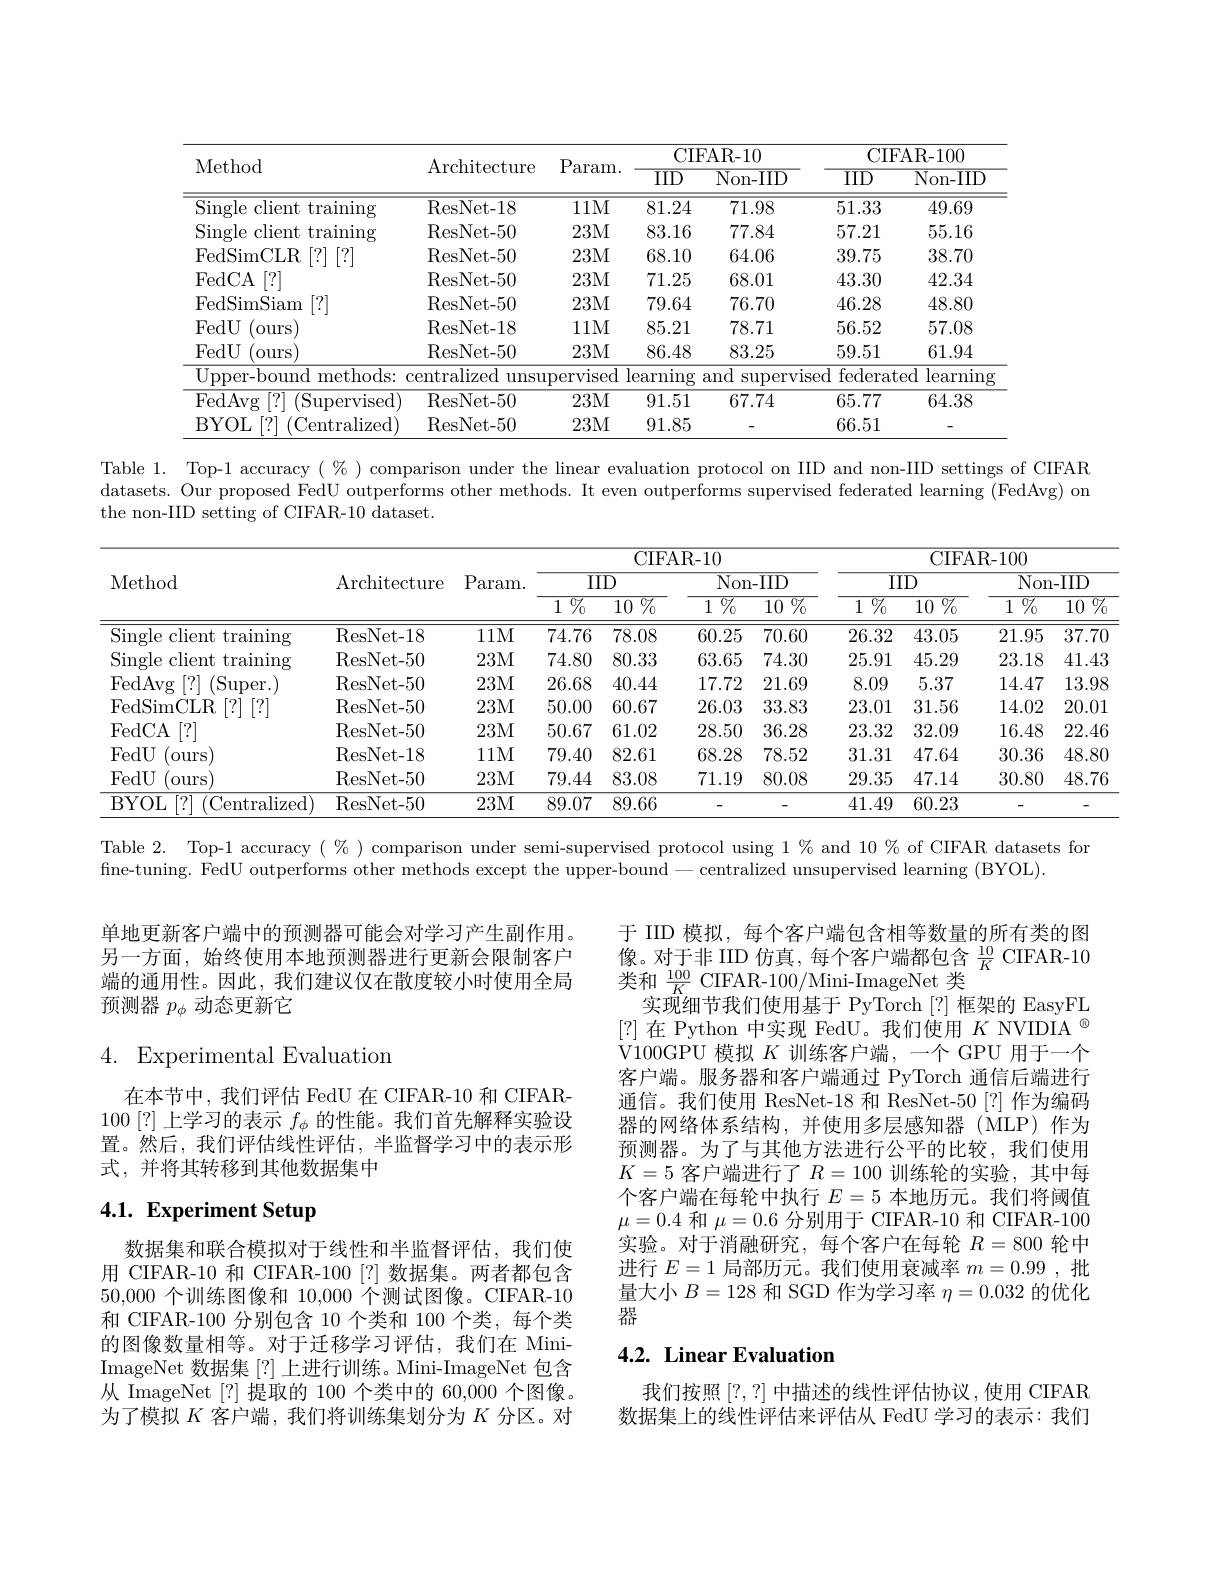
<table>
	<tbody>
		<tr>
			<th rowspan="2">Method</th>
			<th rowspan="2">Architecture</th>
			<th rowspan="2">$\mathrm{P}_{i}$ aram. </th>
			<th colspan="2">CIFAR- 10</th>
			<th colspan="2">CIFAR- 100</th>
		</tr>
		<tr>
			<th>$\overline{{\mathrm{IID}}}$</th>
			<th>$\overline{\mathrm{Non-IID}}$</th>
			<th>$\overline{{\mathrm{IID}}}$</th>
			<th>$\overline{\mathrm{Non-IID}}$</th>
		</tr>
		<tr>
			<td>Single client training</td>
			<td>ResNet- 18</td>
			<td>11M</td>
			<td>81.24</td>
			<td>71.98</td>
			<td>51.33</td>
			<td>49.69</td>
		</tr>
		<tr>
			<td>Single client training</td>
			<td>ResNet- 50</td>
			<td>23M</td>
			<td>83.16</td>
			<td>77.84</td>
			<td>57.21</td>
			<td>55.16</td>
		</tr>
		<tr>
			<td>FedSimCLR [?] [?]</td>
			<td>ResNet- 50</td>
			<td>23M</td>
			<td>68.10</td>
			<td>64.06</td>
			<td>39.75</td>
			<td>38.70</td>
		</tr>
		<tr>
			<td>FedCA [?]</td>
			<td>ResNet- 50</td>
			<td>23M</td>
			<td>71.25</td>
			<td>68.01</td>
			<td>43.30</td>
			<td>42.34</td>
		</tr>
		<tr>
			<td>FedSimSiam $\left\lceil?\right\rceil$</td>
			<td>ResNet- 50</td>
			<td>23M</td>
			<td>79.64</td>
			<td>76.70</td>
			<td>46.28</td>
			<td>48.80</td>
		</tr>
		<tr>
			<td>FedU $^{\prime}$ours</td>
			<td>ResNet- 18</td>
			<td>111M</td>
			<td>85.21</td>
			<td>78.71</td>
			<td>56.52</td>
			<td>57.08</td>
		</tr>
		<tr>
			<td>FedU ours</td>
			<td>ResNet- 50</td>
			<td>23M</td>
			<td>86.48</td>
			<td>83.25</td>
			<td>59.51</td>
			<td>61.94</td>
		</tr>
		<tr>
			<td>Upper-bound methods:</td>
			<td>centralized unsu</td>
			<td>pervised</td>
			<td>$\operatorname{learning}$</td>
			<td>and $\operatorname{SupervlS}$</td>
			<td>federate ied</td>
			<td>$2d$ $\operatorname{learning}$ 1</td>
		</tr>
		<tr>
			<td>FedAvg $\frac{r}{2}|?|$ $\operatorname{Supervised}$</td>
			<td>ResNet- 50</td>
			<td>23M</td>
			<td>91.51</td>
			<td>67.74</td>
			<td>65.77</td>
			<td>64.38</td>
		</tr>
		<tr>
			<td>BYOL ,[?] (Centralized)</td>
			<td>ResNet- 50</td>
			<td>23M</td>
			<td>91.85</td>
			<td> </td>
			<td>66.51</td>
			<td> </td>
		</tr>
	</tbody>
</table>

Table 1. Top-1 accuracy ( % ) comparison under the linear evaluation protocol on IID and non-IID settings of CIFAR datasets. Our proposed FedU outperforms other methods. It even outperforms supervised federated learning (FedAvg) on the non-IID setting of CIFAR-10 dataset.

<table>
	<tbody>
		<tr>
			<th rowspan="3">Method</th>
			<th rowspan="3">Architecture</th>
			<th rowspan="3">Param. </th>
			<th colspan="4">CIFAR- 10</th>
			<th colspan="4">CIFAR- 100</th>
		</tr>
		<tr>
			<th colspan="2">$\overline{\mathrm{IID}}$</th>
			<th colspan="2">Non- IID</th>
			<th colspan="2">$\overline{{\mathrm{IID}}}$</th>
			<th colspan="2">$\overline{\mathrm{Non-IID}}$</th>
		</tr>
		<tr>
			<th>1 ${\overline{{07_{0}}}}$</th>
			<th>$\overline{10\:\%}$</th>
			<th>$\overline{1\:\%}$</th>
			<th>$\overline{10\%}$</th>
			<th>${\begin{array}{c}{{1}}{{0}}{{7}}\\{0}\end{array}}$</th>
			<th>$\overline{10\:\%}$</th>
			<th>${\begin{array}{cc}{{\overline{1}}}{{0}}\\{0}\end{array}}$</th>
			<th>10 $C$</th>
		</tr>
		<tr>
			<td>Single client training</td>
			<td>ResNet- 18</td>
			<td>11M</td>
			<td>74.76</td>
			<td>78.08</td>
			<td>60.25</td>
			<td>70.60</td>
			<td>26.32</td>
			<td>43.05</td>
			<td>21.95</td>
			<td>37.7</td>
		</tr>
		<tr>
			<td>Single client training</td>
			<td>ResNet- 50</td>
			<td>23M</td>
			<td>74.80</td>
			<td>80.33</td>
			<td>63.65</td>
			<td>74.30</td>
			<td>25.91</td>
			<td>45.29</td>
			<td>23.18</td>
			<td>41.4</td>
		</tr>
		<tr>
			<td>FedAvg$\left [ ? \right ]$ (Super.</td>
			<td>ResNet- 50</td>
			<td>23M</td>
			<td>26.68</td>
			<td>40.44</td>
			<td>17.72</td>
			<td>21.69</td>
			<td>8.09</td>
			<td>5.37</td>
			<td>14.47</td>
			<td>13.9</td>
		</tr>
		<tr>
			<td>FedSimCLR [?] [?]</td>
			<td>ResNet- 50</td>
			<td>23M</td>
			<td>50.00</td>
			<td>60.67</td>
			<td>26.03</td>
			<td>33.83</td>
			<td>23.01</td>
			<td>31.56</td>
			<td>14.02</td>
			<td>20.0</td>
		</tr>
		<tr>
			<td>FedCA [?]</td>
			<td>ResNet- 50</td>
			<td>23M</td>
			<td>50.67</td>
			<td>61.02</td>
			<td>28.50</td>
			<td>36.28</td>
			<td>23.32</td>
			<td>32.09</td>
			<td>16.48</td>
			<td>22.4</td>
		</tr>
		<tr>
			<td>FedU ours</td>
			<td>ResNet- 18</td>
			<td>11M</td>
			<td>79.40</td>
			<td>82.61</td>
			<td>68.28</td>
			<td>78.52</td>
			<td>31.31</td>
			<td>47.64</td>
			<td>30.36</td>
			<td>48.8</td>
		</tr>
		<tr>
			<td>FedU ours</td>
			<td>ResNet- 50</td>
			<td>23M</td>
			<td>79.44</td>
			<td>83.08</td>
			<td>71.19</td>
			<td>80.08</td>
			<td>29.35</td>
			<td>47.14</td>
			<td>30.80</td>
			<td>48.7</td>
		</tr>
		<tr>
			<td>BYOL $[?]~($Centralized</td>
			<td>ResNet- 50</td>
			<td>23M</td>
			<td>89.07</td>
			<td>89.66</td>
			<td> </td>
			<td> </td>
			<td>41.49</td>
			<td>60.23</td>
			<td> </td>
			<td>-</td>
		</tr>
	</tbody>
</table>

Table 2. Top-1 accuracy( % ) comparison under semi-supervised protocol using 1 % and 10 % of CIFAR datasets for

fine-tuning. FedU outperforms other methods except the upper-bound-centralized unsupervised learning (BYOL)

单地更新客户端中的预测器可能会对学习产生副作用。另一方面，始终使用本地预测器进行更新会限制客户端的通用性。因此，我们建议仅在散度较小时使用全局预测器$p_\phi$动态更新它

## 4. Experimental Evaluation

于 IID 模拟，每个客户端包含相等数量的所有类的图像。对于非 IID 仿真，每个客户端都包含$\frac{10}{K}$ CIFAR-10类和$\frac{100}K$ CIFAR-100/Mini-ImageNet 类
实现细节我们使用基于 PyTorch[?] 框架的 EasyFL [?]在 Python 中实现 FedU。我们使用$K$ NVIDIA$^{\textcircled{\mathrm{o}}}$ V100GPU 模拟$K$训练客户端，一个 GPU 用于一个客户端。服务器和客户端通过 PyTorch 通信后端进行通信。我们使用 ResNet-18 和 ResNet-50 [?] 作为编码器的网络体系结构，并使用多层感知器(MLP)作为预测器。为了与其他方法进行公平的比较，我们使用$K=5$ 客户端进行了$R=100$ 训练轮的实验，其中每个客户端在每轮中执行$E=5$本地历元。我们将阈值$\mu=0.4$和$\mu=0.6$分别用于 CIFAR-10 和 CIFAR-100实验。对于消融研究，每个客户在每轮$R=800$轮中进行$E=1$局部历元。我们使用衰减率$m=0.99$,批量大小$B=128$和 SGD 作为学习率$\eta=0.032$的优化器

在本节中，我们评估 FedU 在 CIFAR-10 和 CIFAR- 100[?]上学习的表示$f_\phi$的性能。我们首先解释实验设置。然后，我们评估线性评估，半监督学习中的表示形式，并将其转移到其他数据集中

# 4.1. Experiment Setup

数据集和联合模拟对于线性和半监督评估，我们使用 CIFAR-10 和 CIFAR-100 [?] 数据集。两者都包含50,000个训练图像和 10,000 个测试图像。CIFAR-10和 CIFAR-100 分别包含 10 个类和 100 个类，每个类的图像数量相等。对于迁移学习评估，我们在 MiniImageNet 数据集 [?]上进行训练。Mini-ImageNet 包含从 ImageNet $\lceil?\rceil$提取的 100 个类中的 60,000 个图像。为了模拟$K$客户端，我们将训练集划分为$K$分区。对

## 4.2. Linear Evaluation

我们按照[?,?]中描述的线性评估协议，使用 CIFAR 数据集上的线性评估来评估从 FedU 学习的表示：我们